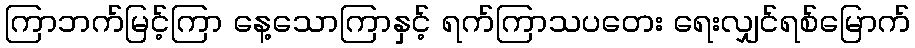
ကြာဘက်မြင့်ကြာ နေ့သောကြာနှင့် ရက်ကြာသပတေး ရေးလျှင်ရစ်မြောက်